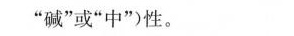
”碱”或”中”)性。